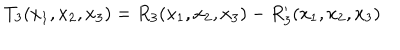
LaTeX: T _ { 3 } ( x _ { 1 } , x _ { 2 } , x _ { 3 } ) = R _ { 3 } ( x _ { 1 } , x _ { 2 } , x _ { 3 } ) - R _ { 3 } ^ { \prime } ( x _ { 1 } , x _ { 2 } , x _ { 3 } )